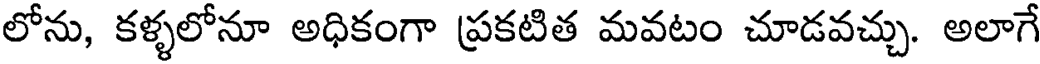
లోను, కళ్ళలోనూ అధికంగా ప్రకటిత మవటం చూడవచ్చు. అలాగే